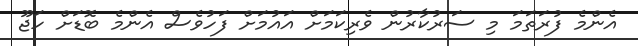
އެންމެ ފުރަތަމަ މި ސަރުކާރުން ވެރިކަމަށް އައުމަށް ފަހުވެސް އެންމެ ބޮޑަށް ހަޖޫ